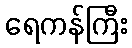
ရေကန်ကြီး